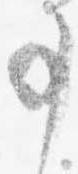
事